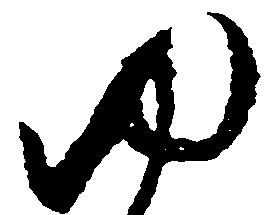
ゆ